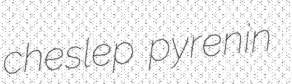
cheslep pyrenin